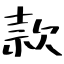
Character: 款